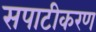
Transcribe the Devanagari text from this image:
सपाटीकरण